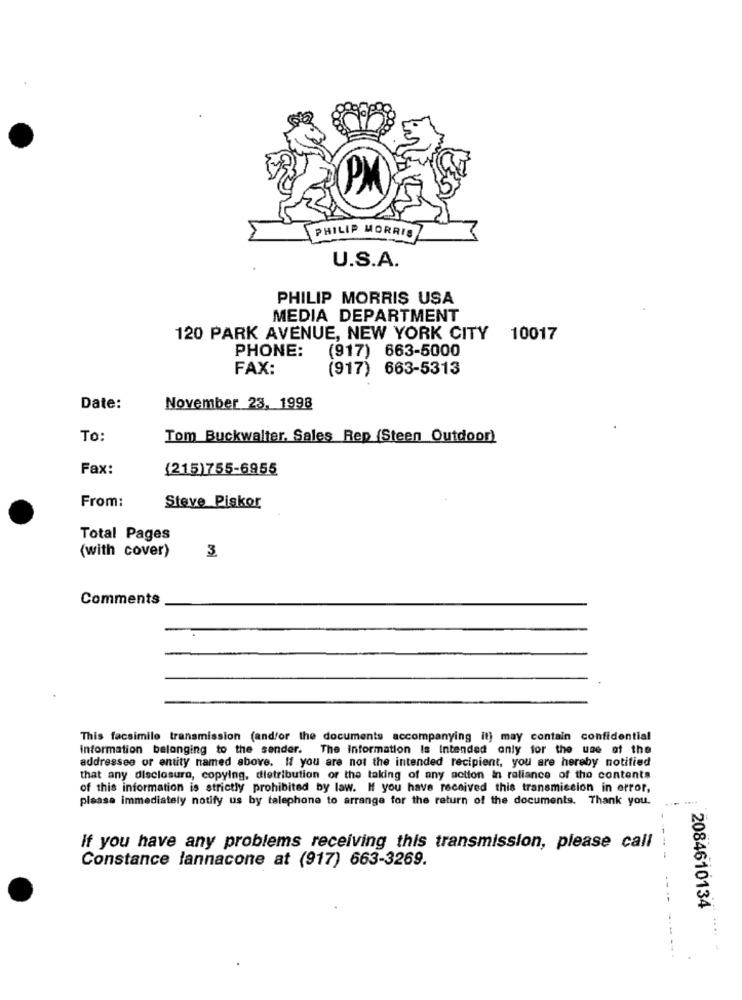
PHILIP MORRIS
U.S.A.
PHILIP MORRIS USA
MEDIA DEPARTMENT
120 PARK AVENUE, NEW YORK CITY
10017
PHONE:
(917) 663-5000
FAX:
(917) 663-5313
Date:
November 23, 1998
To:
Tom Buckwalter. Sales Rep (Steen Outdoor)
Fax:
(215)755-6955
From:
Steve Piskor
Total Pages
(with cover)
3
Comments
This facsimile transmission (and/or the documents accompanying it) may contain confidential
information belonging to the sender.
The Information Is Intended only for the use of the
addressee or entity named above. If you are not the intended recipient, you are hereby notified
that any disclosure, copying, distribution or the taking of any action in reliance of the contents
of this information is strictly prohibited by law. If you have received this transmission in error,
please immediately notify us by telephone to arrange for the return of the documents. Thank you.
If you have any problems receiving this transmission, please call
----
Constance lannacone at (917) 663-3269.
2084610134
... .